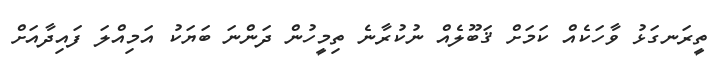
ތީރަނގަޅު ވާހަކެއް ކަމަށް ޤަބޫލެއް ނުކުރާނެ ތިމީހުން ދަންނަ ބަޔަކު އަމިއްލަ ފައިދާއަށް